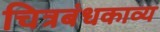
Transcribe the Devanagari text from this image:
चित्रबंधकाव्य